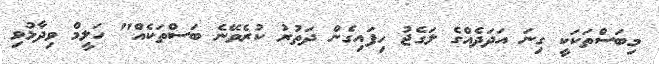
މިބަސްތަކަކީ ގިނަ އަދަދެއްގެ ލަގެޖު ހިފައިގެން ދަތުރު ކުރެވޭނެ ބަސްތަކެއް" ހަލީމް ވިދާޅުވި